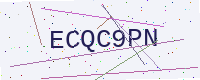
Text: ECQC9PN